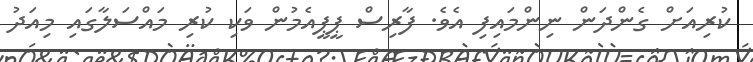
ކުރިއަށް ގެންދަން ނިންމައިފި އެވެ. ފާރިސް ޕީޕީއެމުން ވަކި ކުރި މައްސަލާގައި މިއަދު